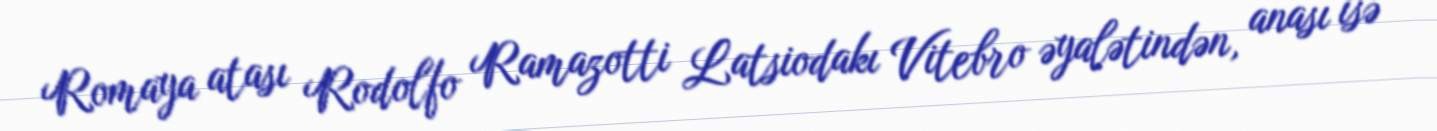
Romaya atası Rodolfo Ramazotti Latsiodakı Vitebro əyalətindən, anası isə